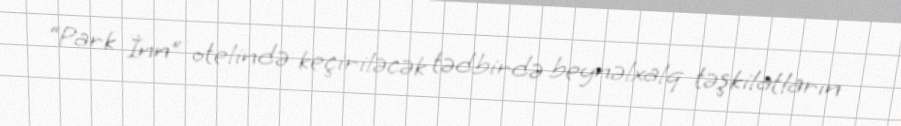
“Park İnn” otelində keçiriləcək tədbirdə beynəlxalq təşkilatların